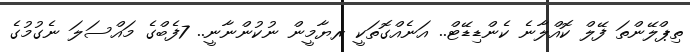
ތިޕްލޭންތަ ފޭލް ކޮއްލާނެ ކެންޑިޑޭޓް.. އަނެއްގޮތަކީ ރޔާމީން ނުކުންނާނީ.. 7ފެބްގެ މައްސަލަ ނެގުމުގެ